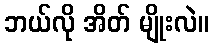
ဘယ်လို အိတ် မျိုးလဲ။